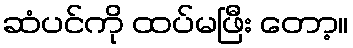
ဆံပင်ကို ထပ်မဖြီး တော့။